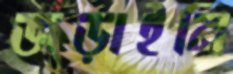
জড়াইনি